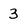
Character: 3